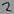
Text: 2